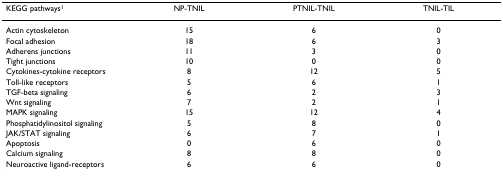
<table><thead><tr><td><b>KEGG pathways<sup>1</sup></b></td><td><b>NP-TNIL</b></td><td><b>PTNIL-TNIL</b></td><td><b>TNIL-TIL</b></td></tr></thead><tbody><tr><td>Actin cytoskeleton</td><td>15</td><td>6</td><td>0</td></tr><tr><td>Focal adhesion</td><td>18</td><td>6</td><td>3</td></tr><tr><td>Adherens junctions</td><td>11</td><td>3</td><td>0</td></tr><tr><td>Tight junctions</td><td>10</td><td>0</td><td>0</td></tr><tr><td>Cytokines-cytokine receptors</td><td>8</td><td>12</td><td>5</td></tr><tr><td>Toll-like receptors</td><td>5</td><td>6</td><td>1</td></tr><tr><td>TGF-beta signaling</td><td>6</td><td>2</td><td>3</td></tr><tr><td>Wnt signaling</td><td>7</td><td>2</td><td>1</td></tr><tr><td>MAPK signaling</td><td>15</td><td>12</td><td>4</td></tr><tr><td>Phosphatidylinositol signaling</td><td>5</td><td>8</td><td>0</td></tr><tr><td>JAK/STAT signaling</td><td>6</td><td>7</td><td>1</td></tr><tr><td>Apoptosis</td><td>0</td><td>6</td><td>0</td></tr><tr><td>Calcium signaling</td><td>8</td><td>8</td><td>0</td></tr><tr><td>Neuroactive ligand-receptors</td><td>6</td><td>6</td><td>0</td></tr></tbody></table>